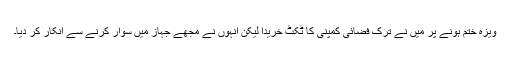
ویزہ ختم ہونے پر میں نے ترک فضائی کمپنی کا ٹکٹ خریدا لیکن انہوں نے مجھے جہاز میں سوار کرنے سے انکار کر دیا۔